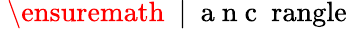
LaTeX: \mathrm{~\ensuremath~{~\vert~\mathrm{~a~n~c~\ rangle~}}~}